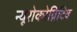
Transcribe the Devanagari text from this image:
न्यूरोकोग्निटिव